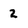
Character: 2